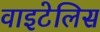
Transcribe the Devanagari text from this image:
वाइटेलिस